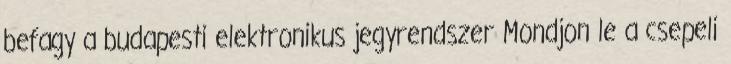
befagy a budapesti elektronikus jegyrendszer Mondjon le a csepeli